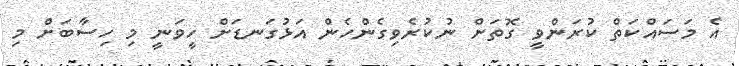
އެ މަސައްކަތް ކުރަންވީ ގޮތަށް ނުކުރެވިގެންހެން އަޅުގަނޑަށް ހީވަނީ މި ހިސާބަށް މި